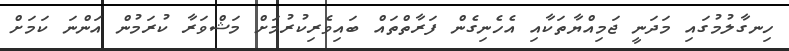
ހިނގާލުމުގައި މަދަނީ ޖަމިއްޔާތަކާއި އެހެނިގެން ފަރާތްތައް ބައިވެރިކުރުމަށް މަޝްވަރާ ކުރަމުން އަންނަ ކަމަށް